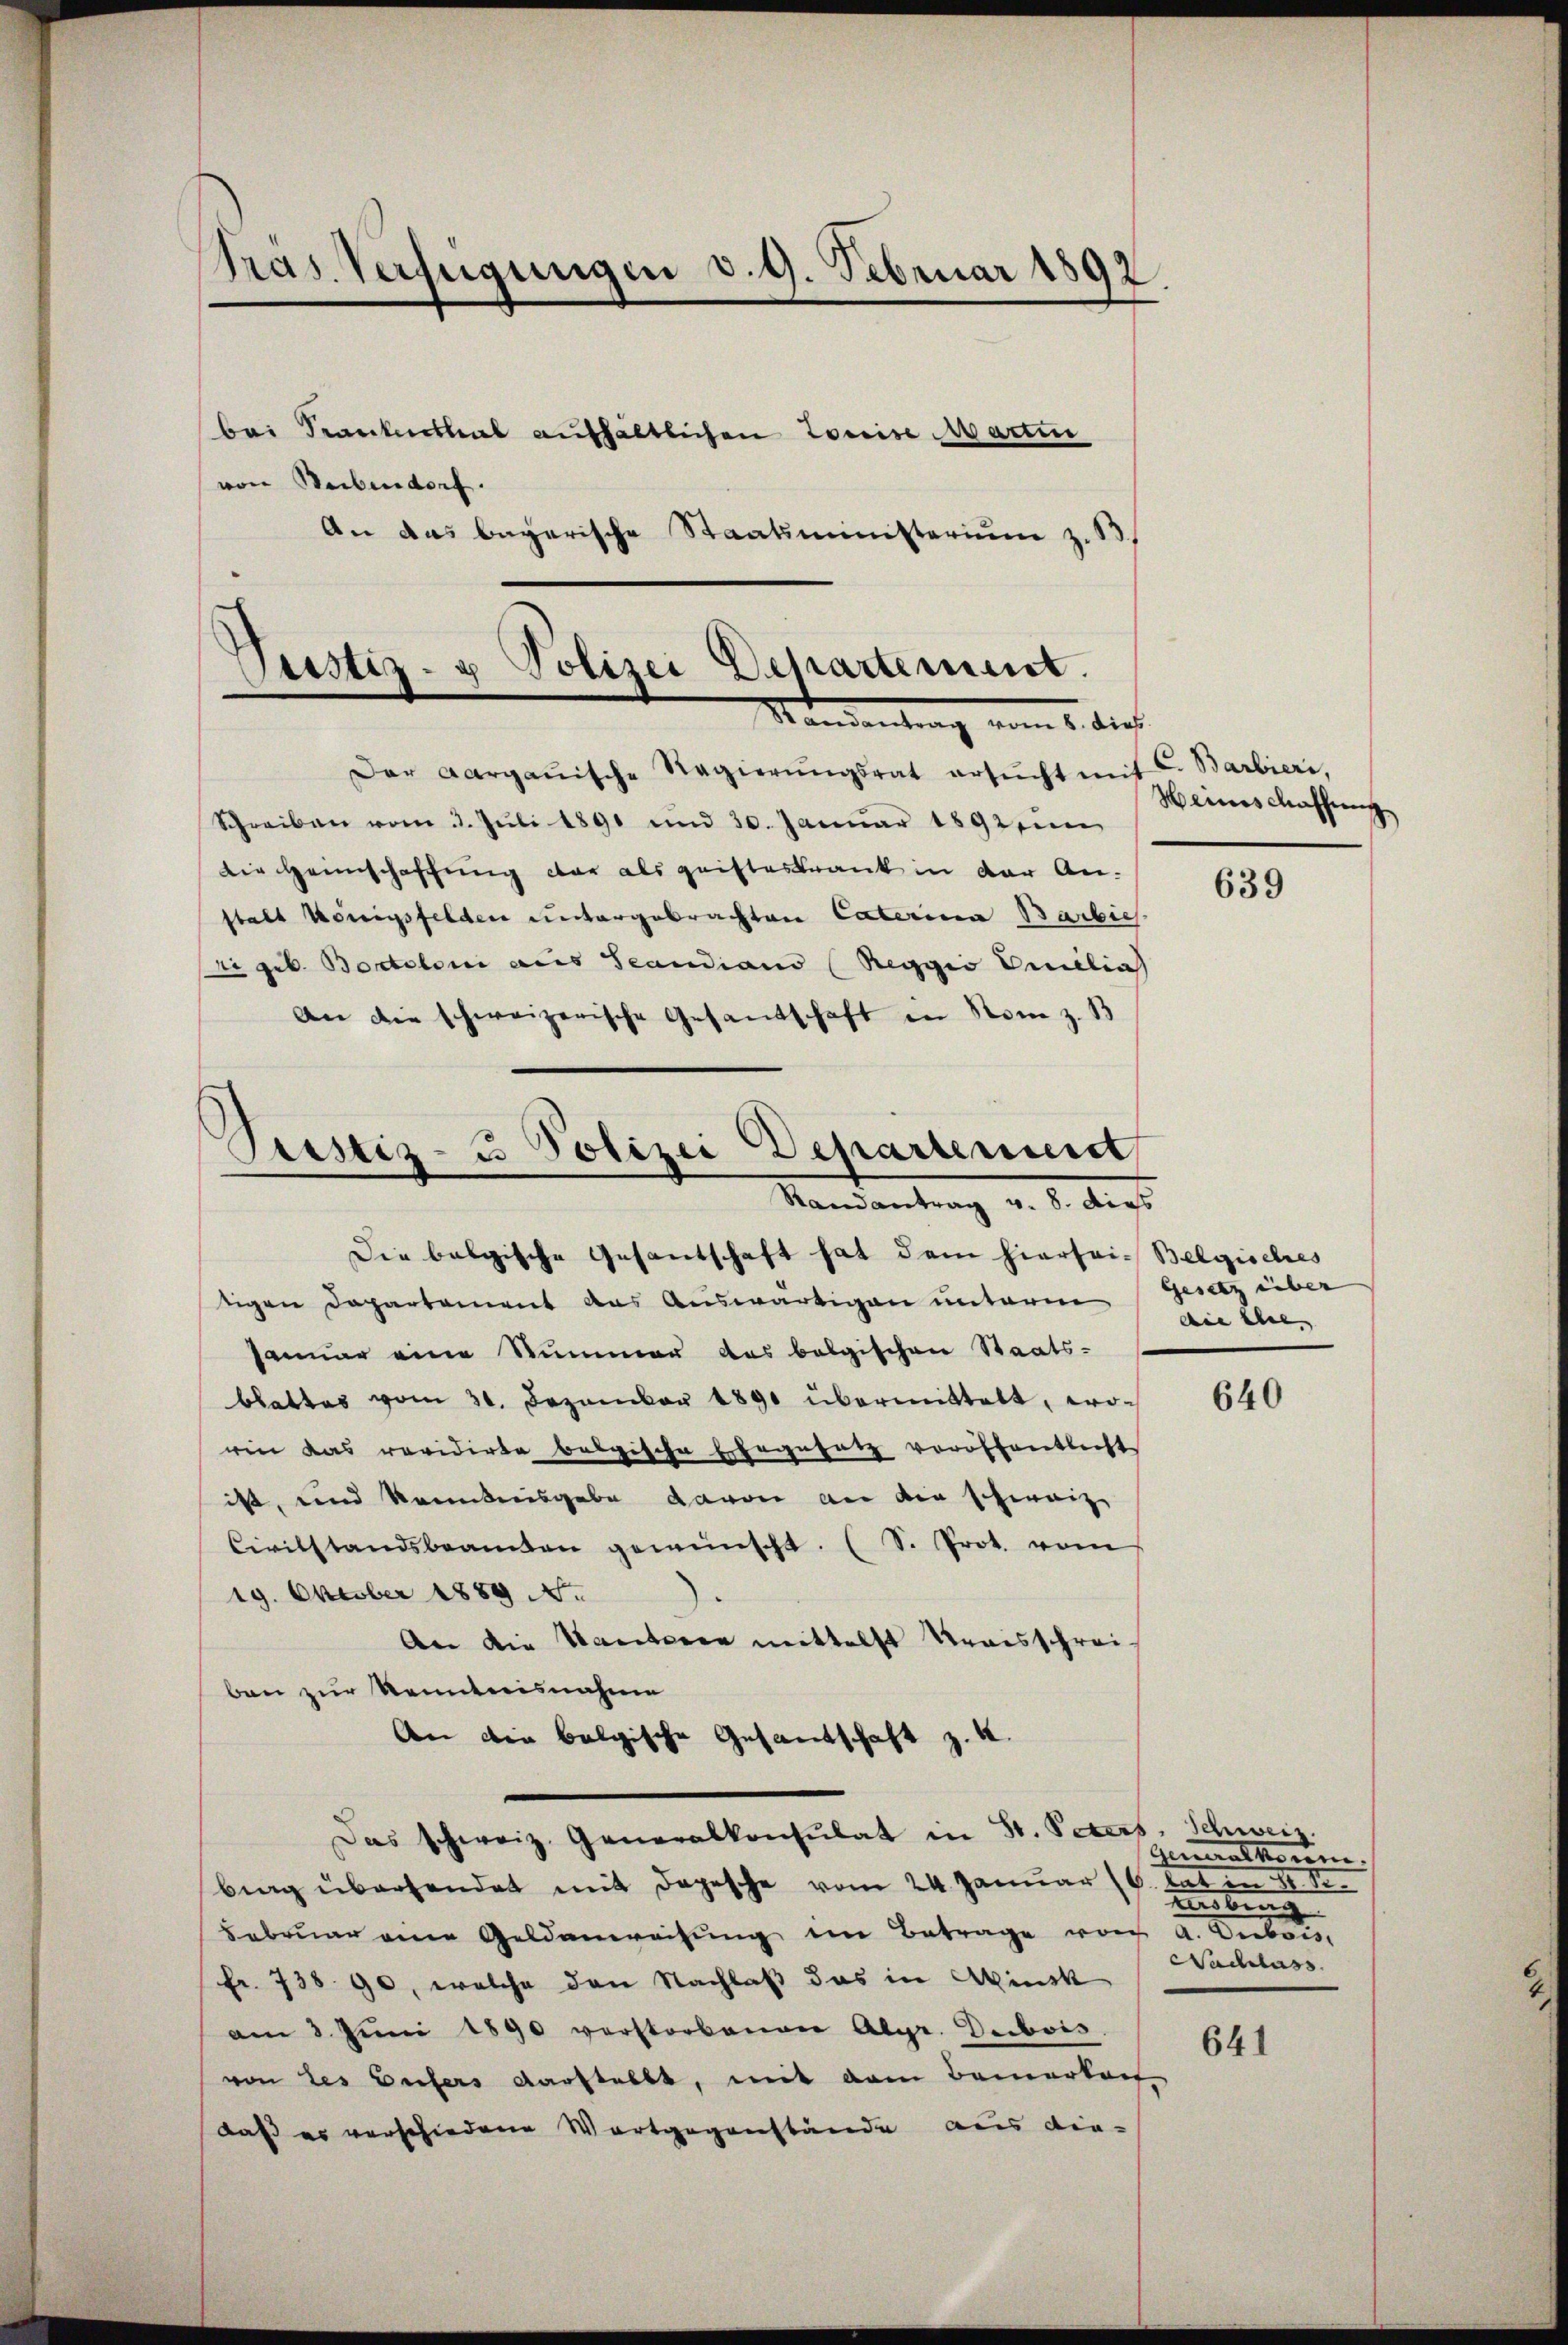
Präs. Verfügungen d. 9. Februar 1892.
bei Santenthal aufhältlichen Louise Martin

von Weibendorf.
An das bayerische Staatsministerium z. B.

Justiz- u Polizei Departement.
Mandentrag vom 1. dies

Pecstiz- & Polizei Departement
Randantrag v. 8. dies
Die belgische Gesandschaft hat dem hierhei- Belgisches

Der Aargauische Regierŭngsrat ersŭcht mit C. Barbieri,
Schreiben vom 3. Jŭli 1891 und 30. Januar 1892 ein
Die Heimschaffung der als geisteskrank in der An-
stalt Königsfelden untergebrachten Caterina Barbie
ti geb. Bostoloni aus Scandians (Reggis Omelia
An die schweizerische Gesandschaft in Rom z. B

Heines Maschung

tigen Departement das Auswärtigen unterm
Januar eine Nummer das belgischen Staats-
blattes vom 31. Dezember 1890 übermittelt, worin das revidirte belgische Ehegesetz veröffentlicht
ist, und kanntnisgabe davon an die schweize
Ciritstandsbeamten gewünscht. (S. Prot. vom
19. Oktober 1889 N.
An die Sanitoren mittelst Kraisschrei-
ben zur Kenntnisnahme
An die belgische Gesandschaft z. K.
Das schweiz. Generalkonsulat in St. Peters, Schweiz.
brag überhandet mit Depesche vom 24. Januar (6. hat in 2 S.
Februar eine Geldenweisŭng im Betrage von A. Dubois,
fr. 738. 90, welche den Nachlaß das in Winck
am 3. Juni 1890 verstorbenen Algr. Deibois
von des Eifers darstellt, mit dem Bemerkeit
daß es verschiedene Wortgegenstände aus die-

639

Gesetz über |
din ihre

640

Generalkomme.
ubung
Nachlass

641